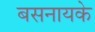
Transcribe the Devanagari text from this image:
बसनायके